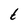
Character: t